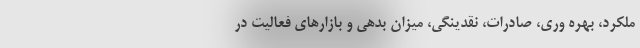
ملکرد، بهره وری، صادرات، نقدینگی، میزان بدهی و بازارهای فعالیت در